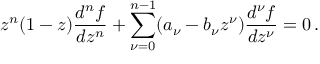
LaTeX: z ^ { n } ( 1 - z ) \frac { d ^ { n } f } { d z ^ { n } } + \sum _ { \nu = 0 } ^ { n - 1 } ( a _ { \nu } - b _ { \nu } z ^ { \nu } ) \frac { d ^ { \nu } f } { d z ^ { \nu } } = 0 \, .